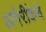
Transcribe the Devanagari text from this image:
अमेरीकेचे